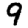
Digit: 9